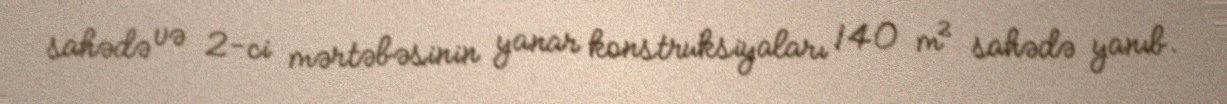
sahədə və 2-ci mərtəbəsinin yanar konstruksiyaları 140 m² sahədə yanıb.